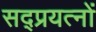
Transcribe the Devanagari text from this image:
सद्प्रयत्नों